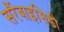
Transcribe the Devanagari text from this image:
सरैंबाइसिडी